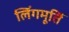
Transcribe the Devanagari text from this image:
लिंगमूर्ति